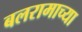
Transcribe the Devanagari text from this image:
बलरामाच्या